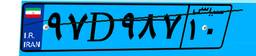
۹۷D۹۸۷۱۰